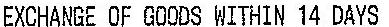
EXCHANGE OF GOODS WITHIN 14 DAYS